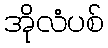
အိုလံပစ်